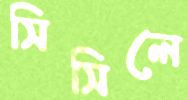
সিসিলে